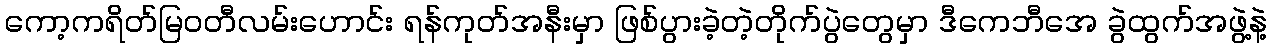
ကော့ကရိတ်မြဝတီလမ်းဟောင်း ရန်ကုတ်အနီးမှာ ဖြစ်ပွားခဲ့တဲ့တိုက်ပွဲတွေမှာ ဒီကေဘီအေ ခွဲထွက်အဖွဲ့နဲ့